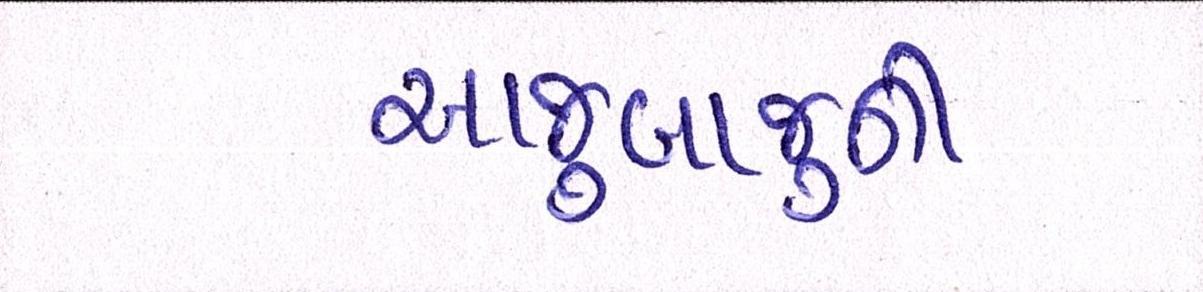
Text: આજુબાજુની